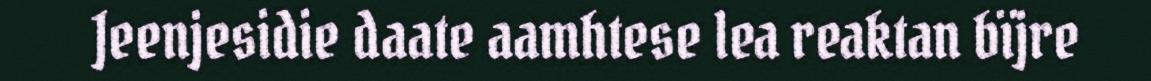
Jeenjesidie daate aamhtese lea reaktan bïjre